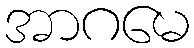
အာဂမေ